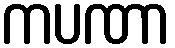
ကပဏာ